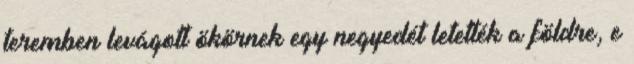
teremben levágott ökörnek egy negyedét letették a földre, e